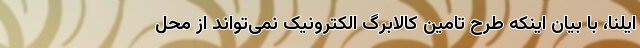
ایلنا، با بیان اینکه طرح تامین کالابرگ الکترونیک نمی‌تواند از محل